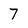
Character: 7